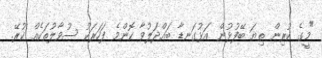
"މީގެ ކުރިން ތިޔަ ބޭފުޅުން އަޅުގަނޑާ ބައްދަލުވާ ކޮންމެ ފަހަރަކު ސުވާލުތަކެއް ކުރޭ.